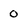
Character: 0